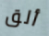
ألق